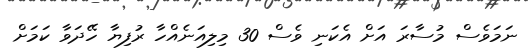
ނަމަވެސް މުސާރަ އަށް އެކަނި ވެސް 30 މިލިއަނެއްހާ ރުފިޔާ ހޭދަވާ ކަމަށް